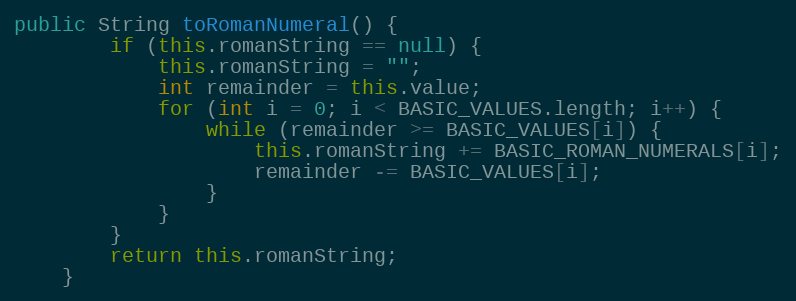
Language: Java
public String toRomanNumeral() {
		if (this.romanString == null) {
			this.romanString = "";
			int remainder = this.value;
			for (int i = 0; i < BASIC_VALUES.length; i++) {
				while (remainder >= BASIC_VALUES[i]) {
					this.romanString += BASIC_ROMAN_NUMERALS[i];
					remainder -= BASIC_VALUES[i];
				}
			}
		}
		return this.romanString;
	}